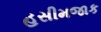
હસીમજાક